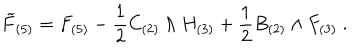
LaTeX: { \tilde { F } } _ { ( 5 ) } = F _ { ( 5 ) } - { \frac { 1 } { 2 } } C _ { ( 2 ) } \wedge H _ { ( 3 ) } + { \frac { 1 } { 2 } } B _ { ( 2 ) } \wedge F _ { ( 3 ) } \ .